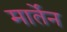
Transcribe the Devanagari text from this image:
मार्तेन